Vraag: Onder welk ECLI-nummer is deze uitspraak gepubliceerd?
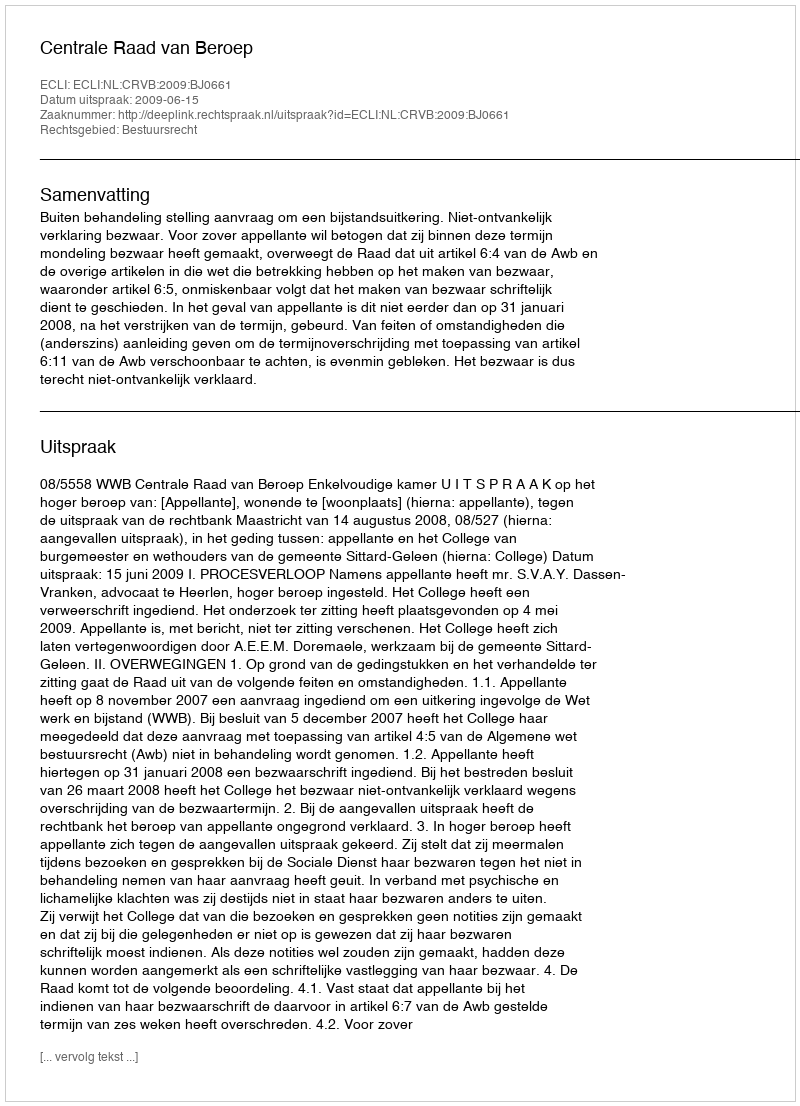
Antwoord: ECLI:NL:CRVB:2009:BJ0661